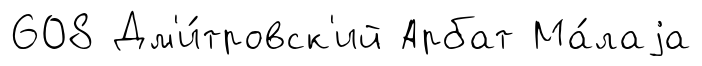
608 Дм'и́тровск'ий Арбат Ма́лаjа